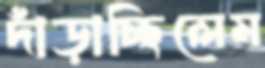
দাঁড়াচ্ছিলেম